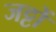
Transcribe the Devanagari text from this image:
जट्टों